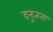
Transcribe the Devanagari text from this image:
दनुजता